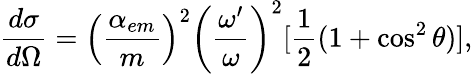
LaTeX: {\frac{d\sigma}{d\Omega}}=\left({\frac{\alpha_{em}}{m}}\right)^{2}\left({\frac{\omega^{\prime}}{\omega}}\right)^{2}[{\frac{1}{2}}(1+\cos^{2}\theta)],